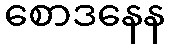
စောဒနေန